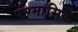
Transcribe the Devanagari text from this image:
षण्मासिक